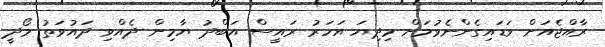
ރާއްޖެއަށް ވަޑައިގެންނެވުމަށް މިދިޔަ އަހަރު ރައީސް އަބްދު ޔާމިން ދެއްވި ދައުވަތު މޯދީ